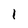
Character: 1